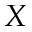
X